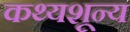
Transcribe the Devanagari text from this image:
कथ्यशून्य